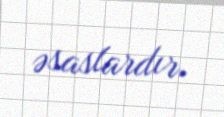
əsaslardır.